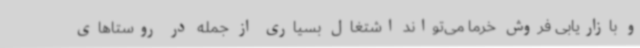
و بازاریابی فروش خرما می‌تواند اشتغال بسیاری از جمله در روستاهای